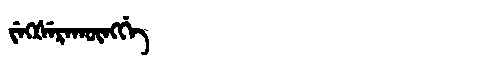
Manchu: ᠵᡝᡴᡧᡝᡵᠠᡴᡡᠩᡤᡝ
Romanization: JEKŠERAKŪNGGE